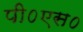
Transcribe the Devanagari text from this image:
पी०एस०